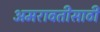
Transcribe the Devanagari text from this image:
अमरावतीसाठी